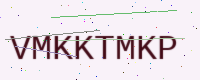
Text: VMKKTMKP